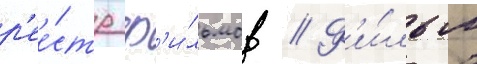
р'ее́стр ф'и́льмов // Ф'и́льм